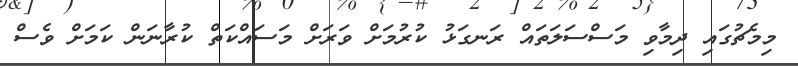
މިމެޗުގައި ދިމާވި މަސްސަލަތައް ރަނގަޅު ކުރުމަށް ވަރަށް މަސައްކަތް ކުރާނަން ކަމަށް ވެސް